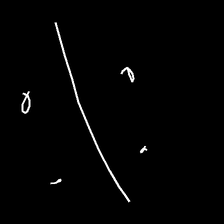
Glyph: cool